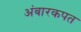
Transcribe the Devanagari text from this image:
अंबारकपत